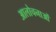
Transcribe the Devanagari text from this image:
आलोचनाआें